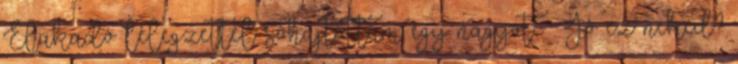
Elakadó lélegzettel sóhajtottam egy nagyot. – Jó ez neked?